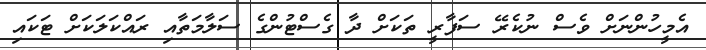
އެމީހުންނަށް ވެސް ނުކެރޭ ސަފާރީ ތަކަށް ދާ ގެސްޓުންގެ ސަލާމަތާއި ރައްކަލަކަށް ޓަކައި